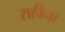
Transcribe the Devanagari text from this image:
राहीना